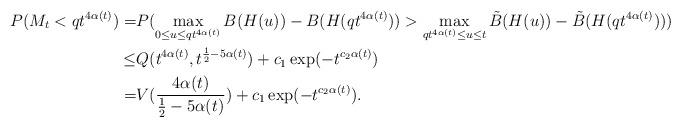
LaTeX: \begin{align*}P(M_t<qt^{4\alpha(t)})=&P(\max_{0\le u\le qt^{4\alpha(t)} }B(H(u))-B(H(qt^{4\alpha(t)}))>\max_{qt^{4\alpha(t)}\le u \le t}\tilde{B}(H(u))-\tilde{B}(H(qt^{4\alpha(t)})))\\\le &Q(t^{4\alpha(t)},t^{\frac{1}{2}-5\alpha(t)})+c_1\exp(-t^{c_2\alpha(t)})\\=&V( \frac{4\alpha(t)}{\frac{1}{2}-5\alpha(t)})+c_1\exp(-t^{c_2\alpha(t)}).\end{align*}